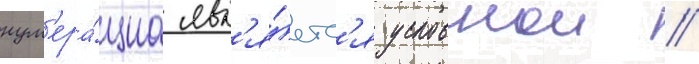
нум'ера́циа явл'я́етс'я условнои //